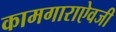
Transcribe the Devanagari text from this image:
कामगाराऐवजी